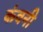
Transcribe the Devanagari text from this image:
कंवनी